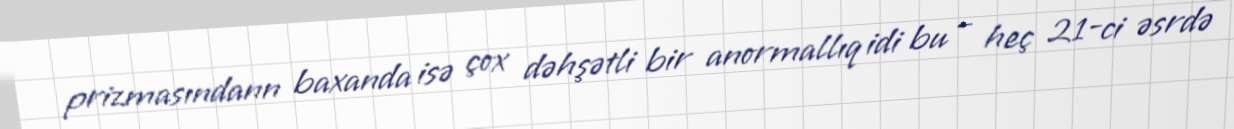
prizmasındann baxanda isə çox dəhşətli bir anormallıq idi bu – heç 21-ci əsrdə